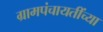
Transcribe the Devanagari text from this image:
ग्रामपंचायतींच्या